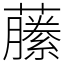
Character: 䕨